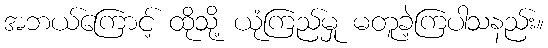
အဘယ်ကြောင့် ထိုသို့ ယုံကြည်မှု မတူခဲ့ကြပါသနည်း။